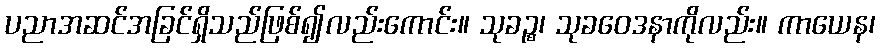
ပညာအဆင်အခြင်ရှိသည်ဖြစ်၍လည်းကောင်း။ သုခဉ္စ၊ သုခဝေဒနာကိုလည်း။ ကာယေန၊